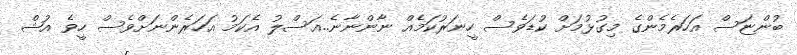
ބުންޏަސް އަހަރެމެންގެ މިގުޅުމަށް ކުޑަވެސް ހީނަރުކަމެއް ނާންނާނެ..އަސްލު އެކަމު އަހަރެންނަށްވެސް ހީވެ އުޝް